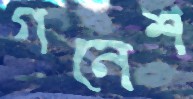
গনেশ